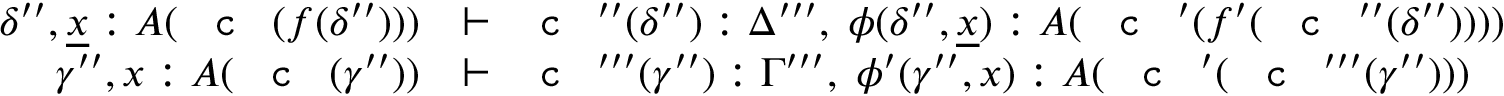
\begin{array} { r l } { \delta ^ { \prime \prime } , \underline { { x } } : A ( \textnormal { \texttt { c } } ( f ( \delta ^ { \prime \prime } ) ) ) } & { \vdash \textnormal { \texttt { c } } ^ { \prime \prime } ( \delta ^ { \prime \prime } ) : \Delta ^ { \prime \prime \prime } , \; \phi ( \delta ^ { \prime \prime } , \underline { { x } } ) : A ( \textnormal { \texttt { c } } ^ { \prime } ( f ^ { \prime } ( \textnormal { \texttt { c } } ^ { \prime \prime } ( \delta ^ { \prime \prime } ) ) ) ) } \\ { \gamma ^ { \prime \prime } , x : A ( \textnormal { \texttt { c } } ( \gamma ^ { \prime \prime } ) ) } & { \vdash \textnormal { \texttt { c } } ^ { \prime \prime \prime } ( \gamma ^ { \prime \prime } ) : \Gamma ^ { \prime \prime \prime } , \; \phi ^ { \prime } ( \gamma ^ { \prime \prime } , x ) : A ( \textnormal { \texttt { c } } ^ { \prime } ( \textnormal { \texttt { c } } ^ { \prime \prime \prime } ( \gamma ^ { \prime \prime } ) ) ) } \end{array}